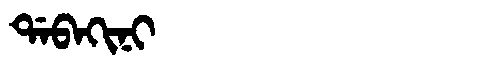
Manchu: ᡩᠠᠪᠠᡴᡳᠨᡳ
Romanization: DABAKINI